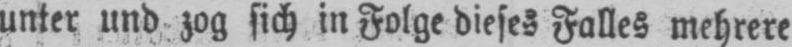
unter und zog sich in Folge dieses Falles mehrere